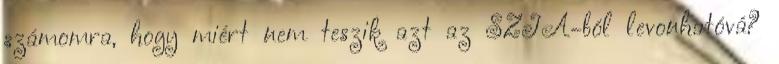
számomra, hogy miért nem teszik azt az SZJA-ból levonhatóvá?